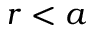
r < a